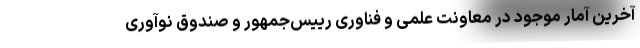
آخرین آمار موجود در معاونت علمی و فناوری رییس‌جمهور و صندوق نوآوری